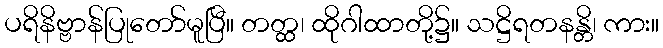
ပရိနိဗ္ဗာန်ပြုတော်မူပြီ။ တတ္ထ၊ ထိုဂါထာတို့၌။ သဋ္ဌိရတနန္တိ၊ ကား။